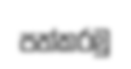
පත්කරමු